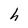
Character: h